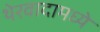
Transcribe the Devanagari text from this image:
थेरवादामध्ये